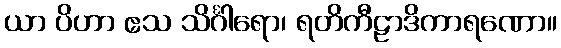
ယာ ပိဟာ ဧသ သိင်္ဂါရော၊ ရတိကီဠာဒိကာရဏော။